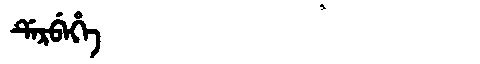
Manchu: ᡩᡝᡵᠪᡝᡥᡝ
Romanization: DERBEHE